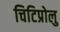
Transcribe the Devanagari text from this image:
चिटिप्रोलु